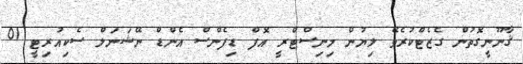
ޤާނޫނީގޮތުން ގެޒެޓްކުރެވޭ ލިޔުން މިނިސްޓްރީ އޮފް ޑިފެންސް އެންޑް ނޭޝަނަލް ސެކިއުރިޓީ 01